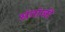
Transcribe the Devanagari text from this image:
संतांजी